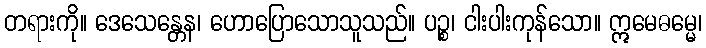
တရားကို။ ဒေသေန္တေန၊ ဟောပြောသောသူသည်။ ပဉ္စ၊ ငါးပါးကုန်သော။ ဣမေဓမ္မေ၊